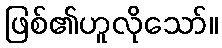
ဖြစ်၏ဟူလိုသော်။